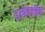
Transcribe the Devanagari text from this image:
इलेक्‍टॉन